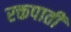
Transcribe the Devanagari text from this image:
रक्तपाती